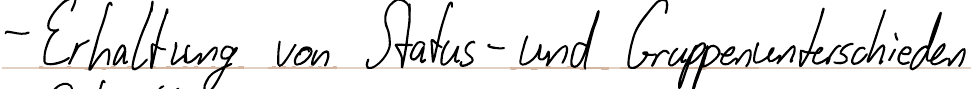
- Erhaltung von Status- und Gruppenunterschieden